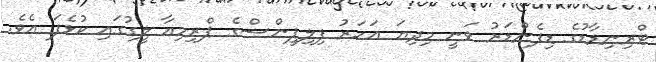
ޓްރިނިޑާޑުގެ ޑިފެންޑަރު ވަނީ މިދިޔަ އަހަރު ފިލިޕީންސްގެ ޕްރިމިއާ ލީގުގައި ކުޅެފަ އެވެ.